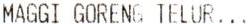
MAGGI GORENG TELUR...